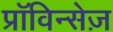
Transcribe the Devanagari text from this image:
प्राॅविन्सेज़